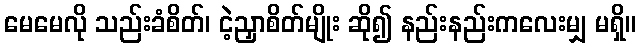
မေမေလို သည်းခံစိတ်၊ ငဲ့ညှာစိတ်မျိုး ဆို၍ နည်းနည်းကလေးမျှ မရှိ။